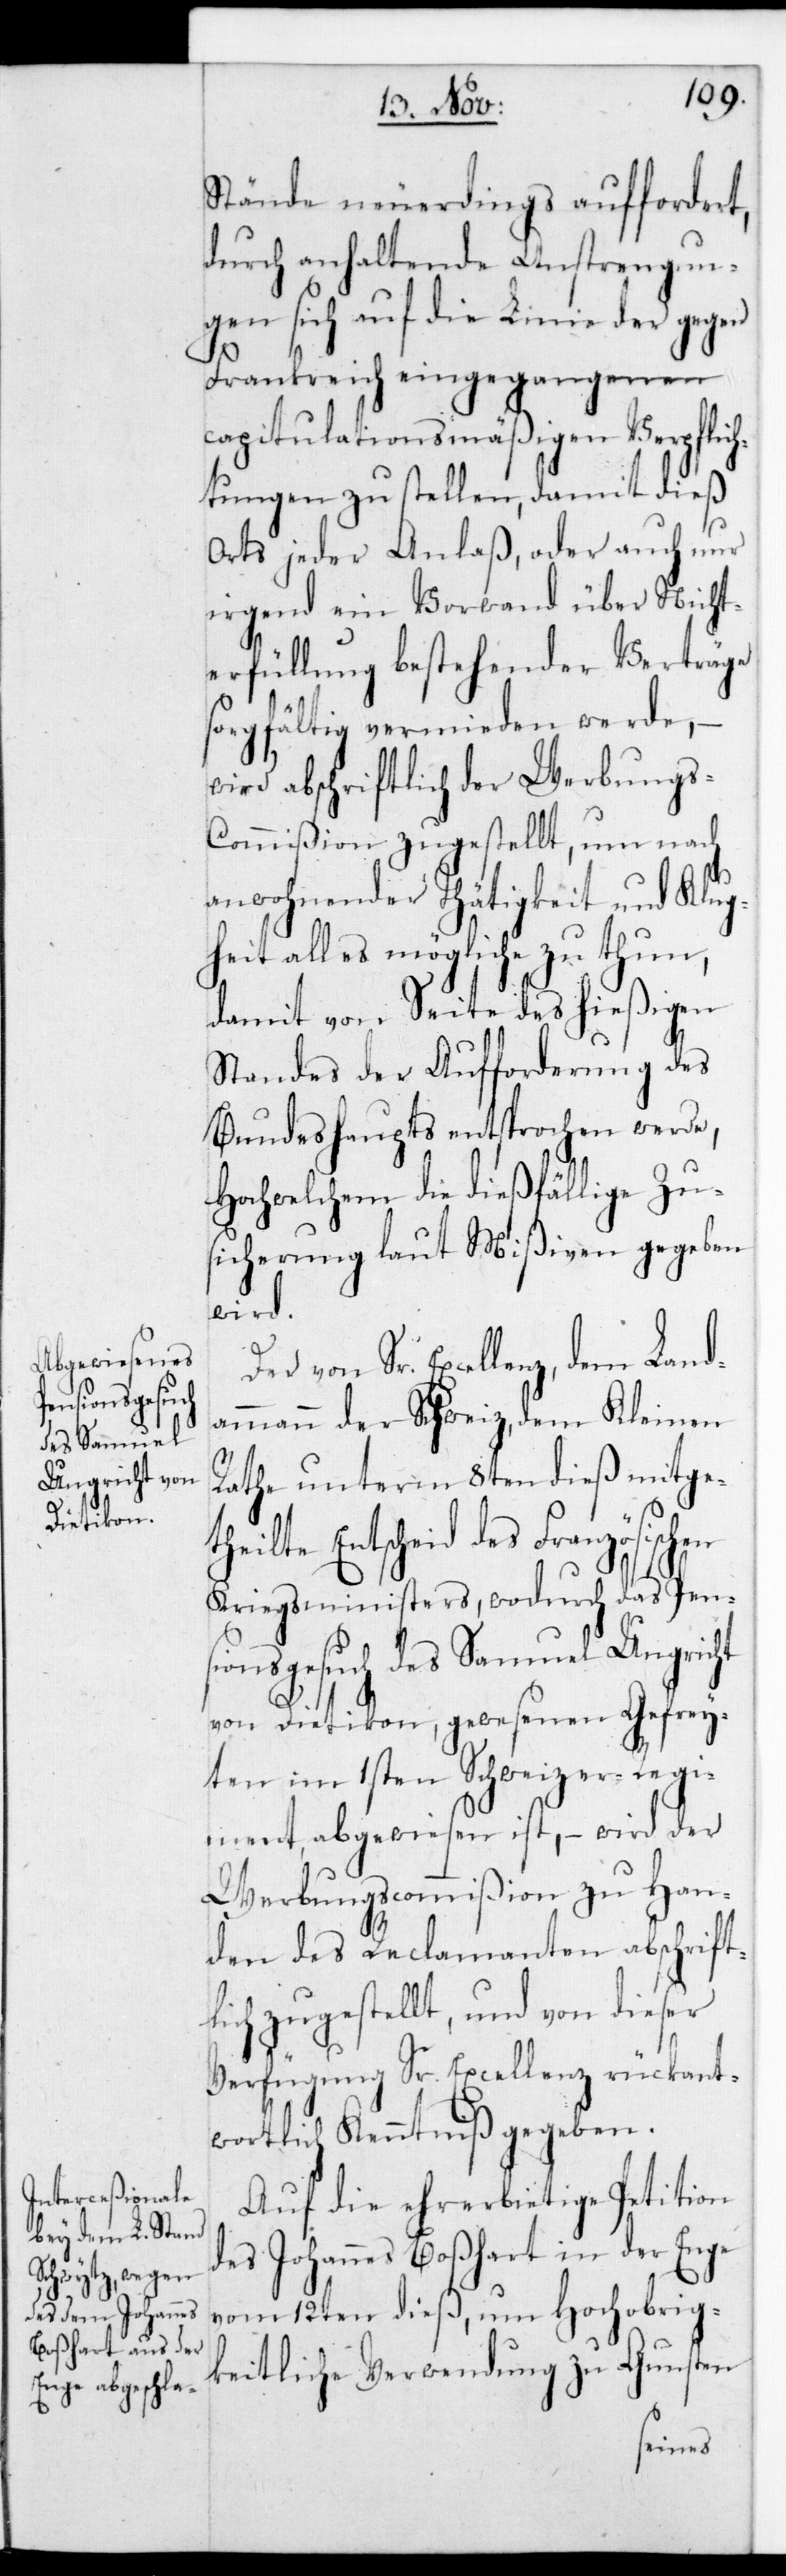
Stände neuerdings aufforder¬
durch anhaltende Anstrengun¬
gen sich auf die Linie der gegen
Frankreich eingegangenen
capitulationsmäßigen Verpflic¬
htungen zu stellen, damit dieß
Orts jeder Anlaß, oder auch nur
irgend ein Vorwand über Nicht¬
erfüllung bestehender Verträge
sorgfältig vermieden werde, –
wird abschriftlich der Werbungs-C¬
ommißion zugestellt, um nach
anwohnender Thätigkeit und Klug¬
heit alles mögliche zu thun,
damit von Seite des hießigen
Standes der Aufforderung des
Bundeshaupts entsprochen werde,
Hochwelchem die dießfällige Zu¬
sicherung laut Mißiven gegeben
wird.
von Sr. Excellenz, dem Land¬
ammann der Schweiz, dem Kleinen
Rathe unterm 8ten dieß mitgeth¬
eilte Entscheid des Französischen
Kriegsministers, wodurch das Pens¬
ionsgesuch des Samuel Ungricht
von Dietikon, gewesenen Gefrey¬
ten im ersten Schweizer Regi¬
ment abgewiesen ist, – wird der
Werbungscommißion zu Han¬
den des Reclamanten abschrift¬
lich zugestellt, und von dieser
Verfügung Sr. Excellenz rückant¬
wortlich Kenntniß gegeben.
Auf die ehrerbietige Petition
des Johannes Boßhart in der Enge
vom 12ten dieß, um Hochobrig¬
keitliche Verwendung zu Gunsten
et,